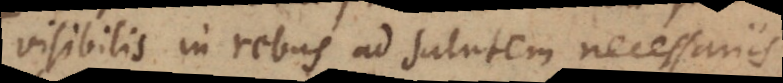
visibilis in rebus ad salutem necessariis